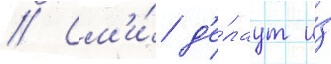
// См'и́ д'е́лаут и́з